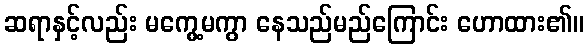
ဆရာနှင့်လည်း မကွေ့မကွာ နေသည်မည်ကြောင်း ဟောထား၏။